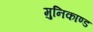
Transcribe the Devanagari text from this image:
मुनिकाण्ड